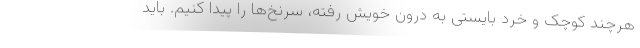
هرچند کوچک و خرد بایستی به درون خویش رفته، سرنخ‌ها را پیدا کنیم. باید